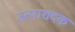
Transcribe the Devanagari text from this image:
उत्पाशदक